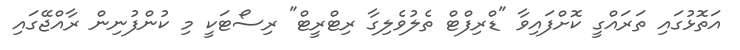
އަތޮޅުގައި ތަރައްގީ ކޮށްފައިވާ "ޑްރިފްޓް ތެލުވެލިގާ ރިޓްރީޓް" ރިސޯޓަކީ މި ކުންފުނިން ރާއްޖޭގައި